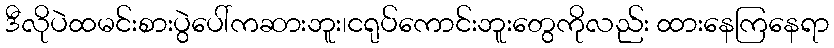
ဒီလိုပဲထမင်းစားပွဲပေါ်ကဆားဘူး၊ငရုပ်ကောင်းဘူးတွေကိုလည်း ထားနေကြနေရာ